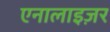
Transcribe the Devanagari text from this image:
एनालाइज़र